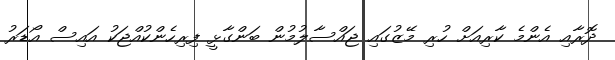
ދޮރާއި އެންމެ ކާރިއަށް ހުރި މޭޒުގައި ޖައްސާލުމުން ބަންގާޅީ ފިރިހެންކުއްޖަކު އައިސް އޯޑަރު